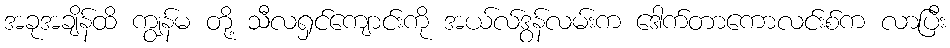
အခုအချိန်ထိ ကျွန်မ တို့ သီလရှင်ကျောင်းကို အယ်လ်ဒွန်လမ်းက ဒေါက်တာကောလင်းစ်က လာပြီး